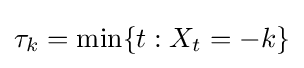
\tau _{k}=\min\{t:X_{t}=-k\}